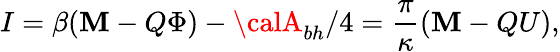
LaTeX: I=\beta(\mathbf{M}-Q\Phi)-{\calA}_{bh}/4=\frac{{\pi}}{{\kappa}}(\mathbf{M}-QU),